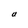
Character: U